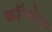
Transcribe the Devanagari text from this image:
कॉन्‍सेप्‍ट